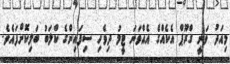
މިއަދު ވަނީ ގްރޫޕް އެކެއްގެ އެއްވަނަ ޓީމު ދިވެހި ސިފައިންގެ ކްލަބު ބަލިކޮށްފައެވެ.